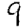
Digit: 9